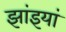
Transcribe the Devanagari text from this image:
झांइयां